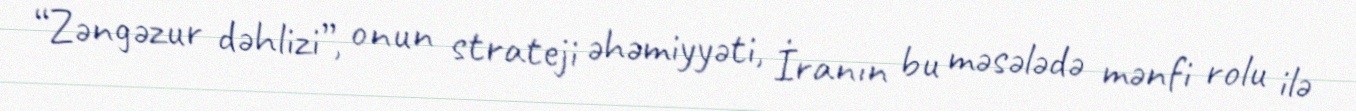
“Zəngəzur dəhlizi”, onun strateji əhəmiyyəti, İranın bu məsələdə mənfi rolu ilə